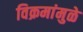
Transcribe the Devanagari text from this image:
विक्रमांमुळे